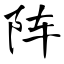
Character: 阵